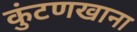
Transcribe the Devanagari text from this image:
कुंटणखाना